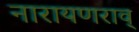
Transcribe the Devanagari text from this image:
नारायणराव्